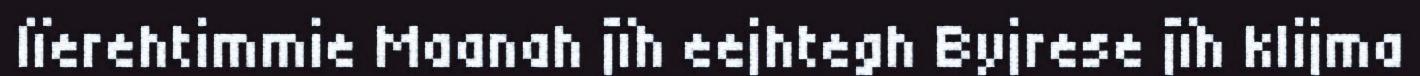
lïerehtimmie Maanah jïh eejhtegh Byjrese jïh klijma